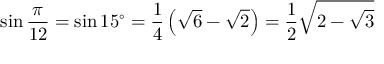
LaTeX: \sin { \frac { \pi } { 1 2 } } = \sin 1 5 ^ { \circ } = { \frac { 1 } { 4 } } \left( { \sqrt { 6 } } - { \sqrt { 2 } } \right) = { \frac { 1 } { 2 } } { \sqrt { 2 - { \sqrt { 3 } } } }